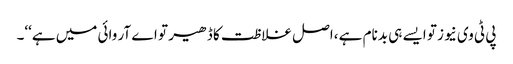
پی ٹی وی نیوز تو ایسے ہی بدنام ہے ،اصل غلاظت کا ڈھیر تو اے آر وائی میں ہے‘‘۔